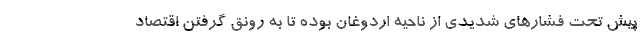
پیش تحت فشارهای شدیدی از ناحیه اردوغان بوده تا به رونق گرفتن اقتصاد